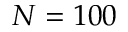
N = 1 0 0